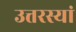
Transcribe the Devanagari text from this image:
उत्तरस्यां